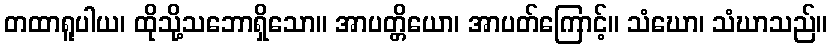
တထာရူပါယ၊ ထိုသို့သဘောရှိသော။ အာပတ္တိယော၊ အာပတ်ကြောင့်။ သံဃော၊ သံဃာသည်။